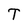
Character: T